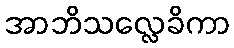
အာဘိသလ္လေခိကာ